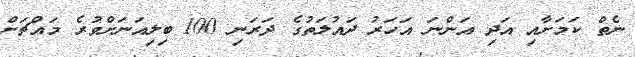
ނެތް ކަމަށާއި އަދި އަންނަ އަހަރު ދައުލަތުގެ ދަރަނި 100 ބިލިއަނަށްވުރެ މައްޗަށް